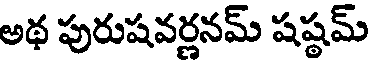
అథ పురుషవర్ణనమ్ షష్ఠమ్